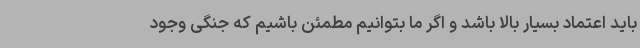
باید اعتماد بسیار بالا باشد و اگر ما بتوانیم مطمئن باشیم که جنگی وجود